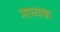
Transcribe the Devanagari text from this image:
माध्यक